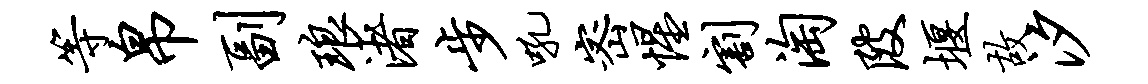
等帛副琅渚步吼密惺割淘陂堰故汐